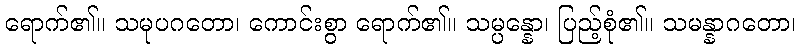
ရောက်၏။ သမုပဂတော၊ ကောင်းစွာ ရောက်၏။ သမ္ပန္နော၊ ပြည့်စုံ၏။ သမန္နာဂတော၊